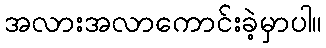
အလားအလာကောင်းခဲ့မှာပါ။